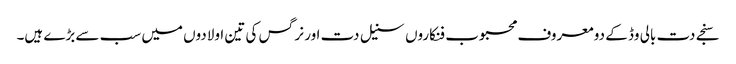
سنجے دت بالی وڈ کے دو معروف محبوب فنکاروں سنیل دت اور نرگس کی تین اولادوں میں سب سے بڑے ہیں۔